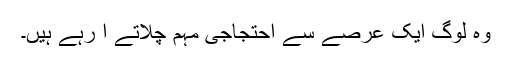
وہ لوگ ایک عرصے سے احتجاجی مہم چلاتے آ رہے ہیں۔